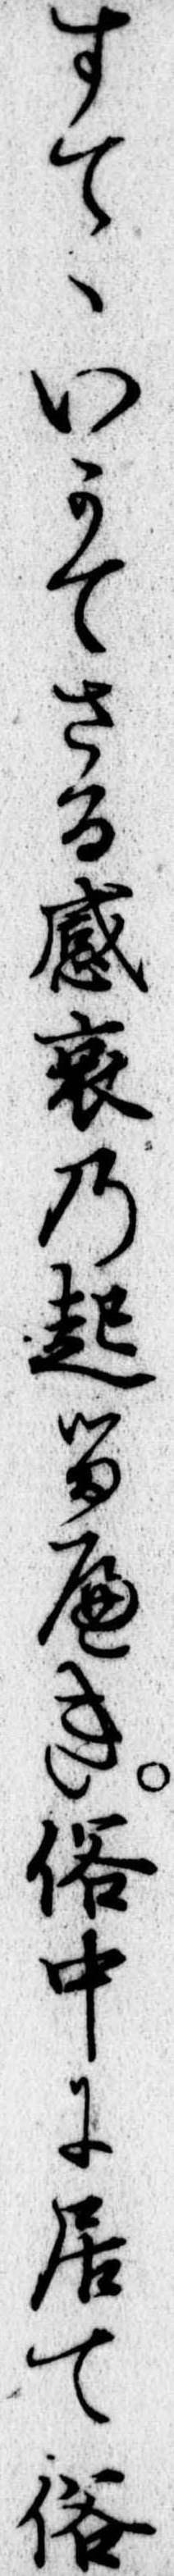
すていかてさる感哀の起るへき俗中に居て俗